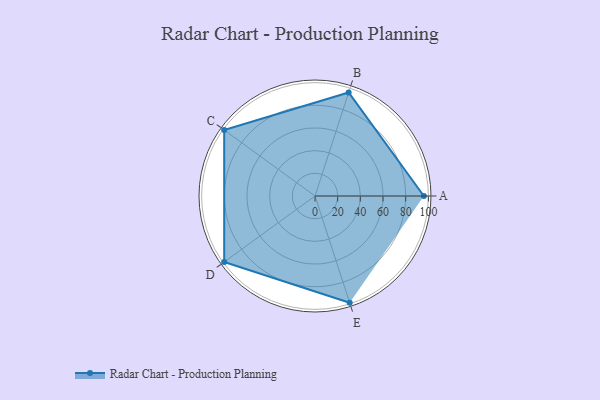
{"axis": {"x": "Skill", "y": "Score"}, "legend": ["Profile"], "data": [{"x": "A", "y": 96.0, "type": "Profile"}, {"x": "B", "y": 96.0, "type": "Profile"}, {"x": "C", "y": 99, "type": "Profile"}, {"x": "D", "y": 99, "type": "Profile"}, {"x": "E", "y": 99, "type": "Profile"}]}